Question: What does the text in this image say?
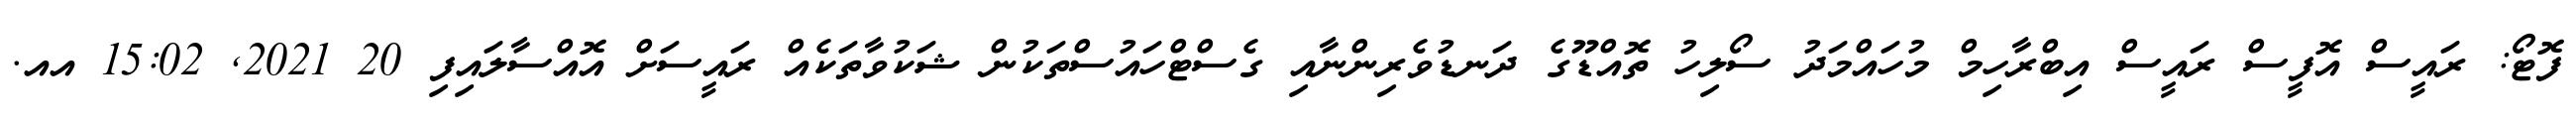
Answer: ފޮޓޯ: ރައީސް އޮފީސް ރައީސް އިބްރާހިމް މުހައްމަދު ސޯލިހު ތޮއްޑޫގެ ދަނޑުވެރިންނާއި ގެސްޓްހައުސްތަކުން ޝަކުވާތަކެއް ރައީސަށް އޮއްސާލައިފި 20 2021, 15:02 އއ.